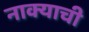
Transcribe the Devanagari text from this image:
नाक्याची